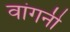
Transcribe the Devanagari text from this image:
वांगनी